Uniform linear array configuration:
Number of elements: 64
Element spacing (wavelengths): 0.5
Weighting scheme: exponential
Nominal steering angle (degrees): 60
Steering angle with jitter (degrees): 61.039
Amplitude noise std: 0.05
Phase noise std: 0.05

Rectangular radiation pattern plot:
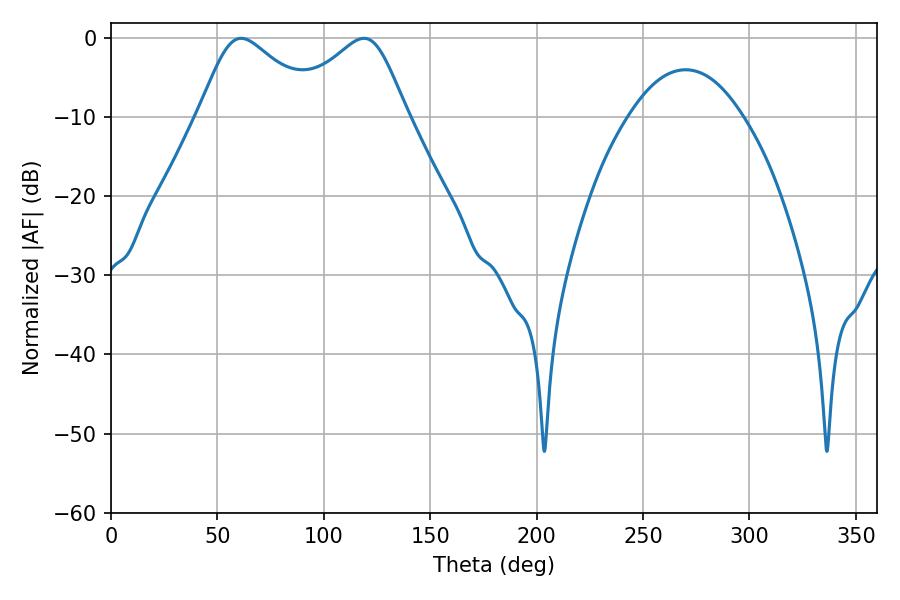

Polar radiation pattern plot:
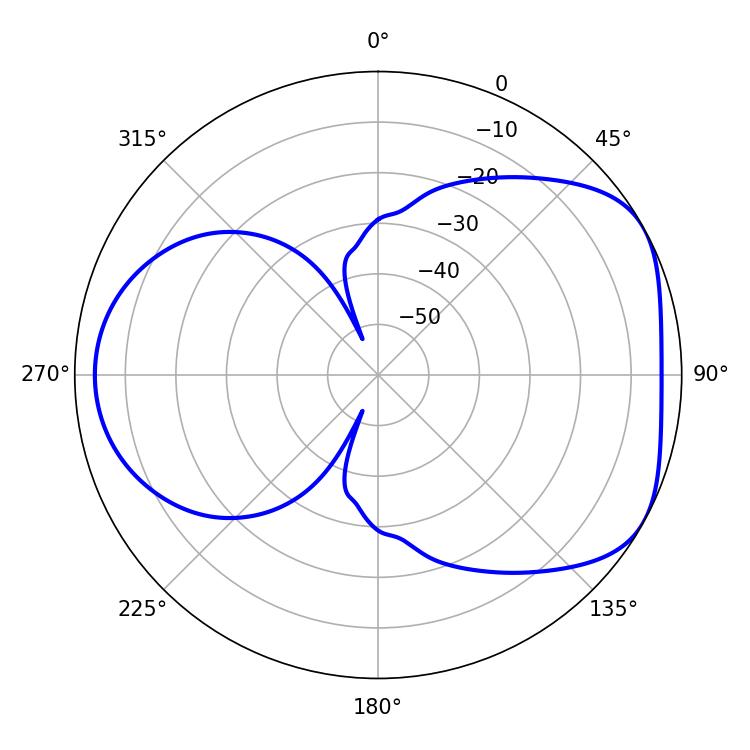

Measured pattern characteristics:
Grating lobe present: FALSE
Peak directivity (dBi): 4.807
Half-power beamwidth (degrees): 28.08
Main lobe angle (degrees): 61.2